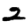
Digit: 2